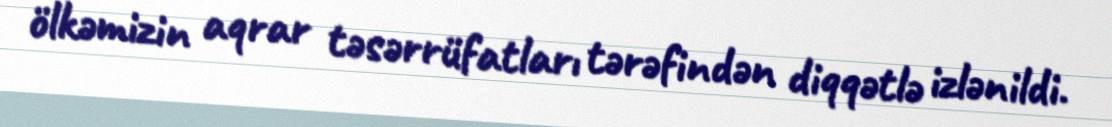
ölkəmizin aqrar təsərrüfatları tərəfindən diqqətlə izlənildi.